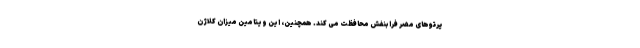
پرتوهای مضر فرابنفش محافظت می کند. همچنین، این ویتامین میزان کلاژن